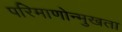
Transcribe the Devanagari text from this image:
परिमाणोन्मुखता